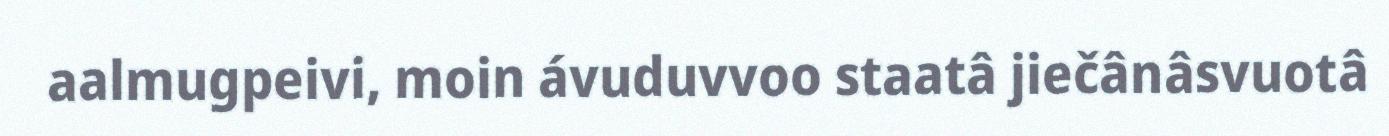
aalmugpeivi, moin ávuduvvoo staatâ jiečânâsvuotâ